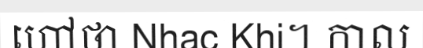
ហៅថា Nhac Khi។ កាល